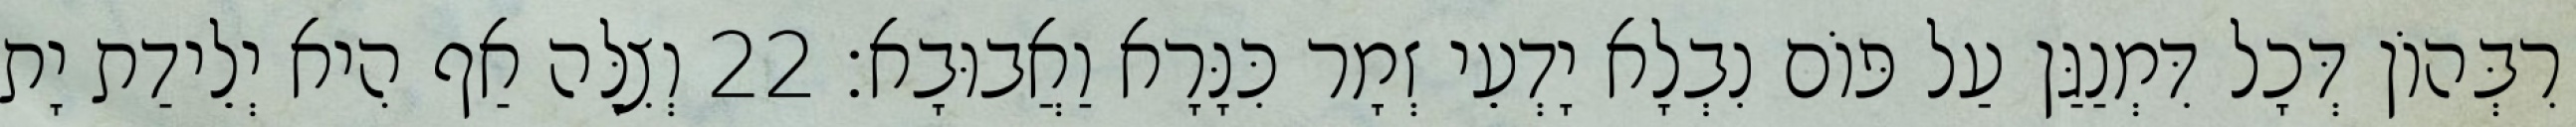
רִבְּהוֹן דְּכָל דִּמְנַגַּן עַל פּוֹם נִבְלָא יָדְעֵי זְמָר כִּנָּרָא וַאֲבוּבָא׃ 22 וְצִלָּה אַף הִיא יְלֵידַת יָת